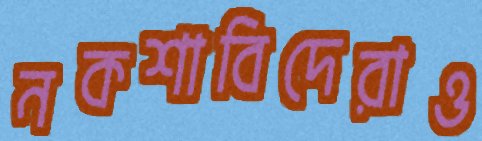
নকশাবিদেরাও